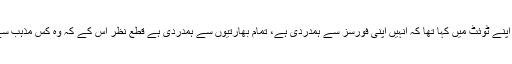
بی جے پی رہنما کا اپنے ٹوئٹ میں کہا تھا کہ انہیں اپنی فورسز سے ہمدردی ہے، تمام بھارتیوں سے ہمدردی ہے قطع نظر اس کے کہ وہ کس مذہب سے تعلق رکھتے ہیں۔